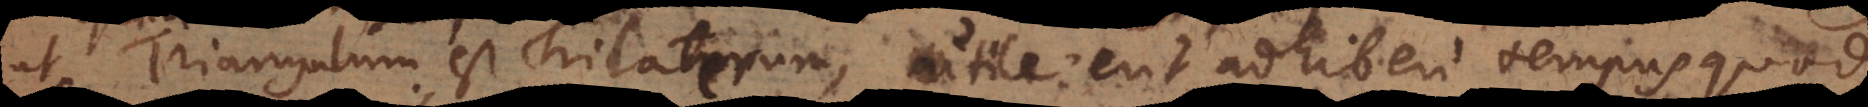
ut Triangulum est Trilaterum, utile erit adhiberi tempus quod